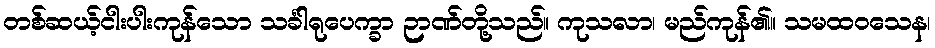
တစ်ဆယ့်ငါးပါးကုန်သော သင်္ခါရုပေက္ခာ ဉာဏ်တို့သည်။ ကုသလာ၊ မည်ကုန်၏။ သမထဝသေန၊